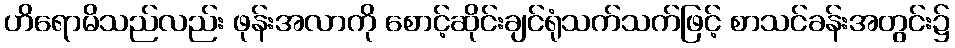
ဟိရောမိသည်လည်း ဖုန်းအလာကို စောင့်ဆိုင်းချင်ရုံသက်သက်ဖြင့် စာသင်ခန်းအတွင်း၌